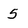
Character: 5